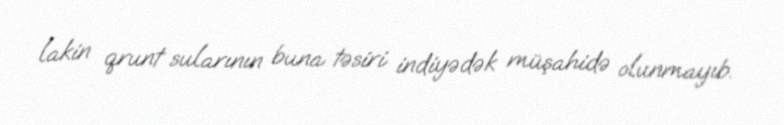
lakin qrunt sularının buna təsiri indiyədək müşahidə olunmayıb.